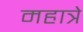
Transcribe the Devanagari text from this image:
महात्रे